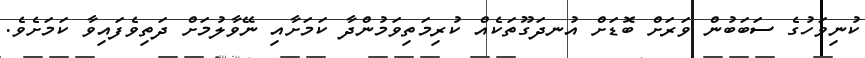
ކުނިވަހުގެ ސަބަބުން ވަރަށް ބޮޑަށް އުނދަގޫތަކެއް ކުރިމަތިވަމުންދާ ކަމަށާއި ނޭވާލުމަށް ދަތިވެފައިވާ ކަމަށެވެ.